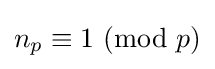
n_{p}\equiv 1\ (\mathrm {mod} \ p)